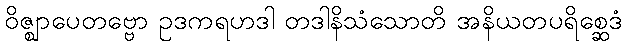
ဝိဇ္ဈာပေတဗ္ဗော ဥဒကရဟဒါ တဒါနိသံသောတိ အနိယတပရိစ္ဆေဒံ